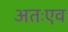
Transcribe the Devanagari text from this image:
अतःएव